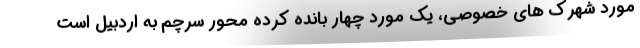
مورد شهرک های خصوصی، یک مورد چهار بانده کرده محور سرچم به اردبیل است